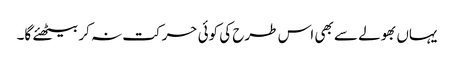
یہاں بھولے سے بھی اس طرح کی کوئی حرکت نہ کر بیٹھئے گا۔